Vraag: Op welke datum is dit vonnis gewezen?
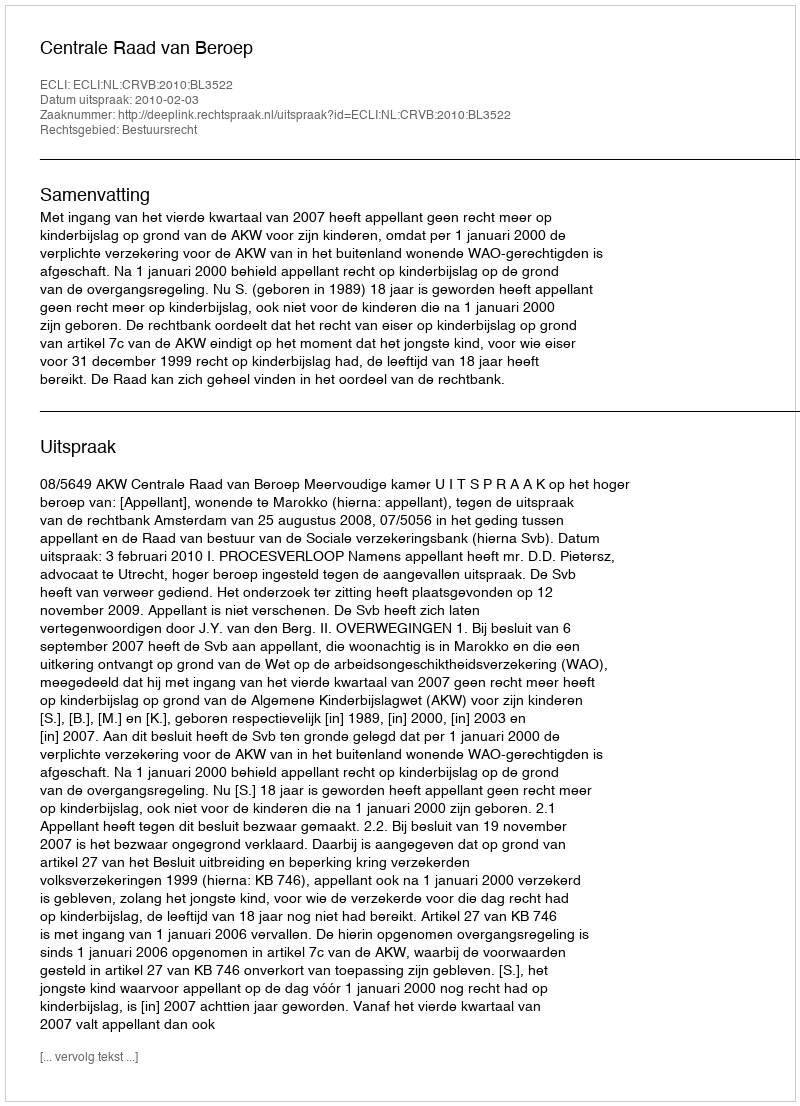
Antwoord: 2010-02-03